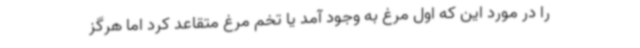
را در مورد این که اول مرغ به وجود آمد یا تخم‌ مرغ متقاعد کرد اما هرگز